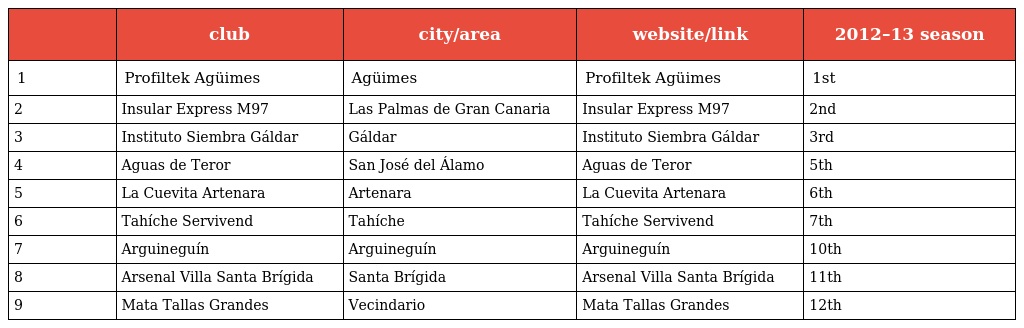
|  | club | city/area | website/link | 2012–13 season |
 | --- | --- | --- | --- | --- |
 | 1 | Profiltek Agüimes | Agüimes | Profiltek Agüimes | 1st |
 | 2 | Insular Express M97 | Las Palmas de Gran Canaria | Insular Express M97 | 2nd |
 | 3 | Instituto Siembra Gáldar | Gáldar | Instituto Siembra Gáldar | 3rd |
 | 4 | Aguas de Teror | San José del Álamo | Aguas de Teror | 5th |
 | 5 | La Cuevita Artenara | Artenara | La Cuevita Artenara | 6th |
 | 6 | Tahíche Servivend | Tahíche | Tahíche Servivend | 7th |
 | 7 | Arguineguín | Arguineguín | Arguineguín | 10th |
 | 8 | Arsenal Villa Santa Brígida | Santa Brígida | Arsenal Villa Santa Brígida | 11th |
 | 9 | Mata Tallas Grandes | Vecindario | Mata Tallas Grandes | 12th |